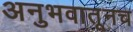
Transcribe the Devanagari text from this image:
अनुभवातूनच